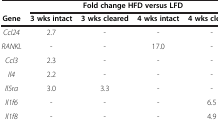
<table><thead><tr><td><b> </b></td><td colspan="4"><b>Fold change HFD versus LFD</b></td></tr><tr><td><b>Gene</b></td><td><b>3 wks intact</b></td><td><b>3 wks cleared</b></td><td><b>4 wks intact</b></td><td><b>4 wks cleared</b></td></tr></thead><tbody><tr><td><i>Ccl24</i></td><td>2.7</td><td>-</td><td>-</td><td>-</td></tr><tr><td><i>RANKL</i></td><td>-</td><td>-</td><td>17.0</td><td>-</td></tr><tr><td><i>Ccl3</i></td><td>2.3</td><td>-</td><td>-</td><td>-</td></tr><tr><td><i>Il4</i></td><td>2.2</td><td>-</td><td>-</td><td>-</td></tr><tr><td><i>Il5ra</i></td><td>3.0</td><td>3.3</td><td>-</td><td>-</td></tr><tr><td><i>Il1f6</i></td><td>-</td><td>-</td><td>-</td><td>6.5</td></tr><tr><td><i>Il1f8</i></td><td>-</td><td>-</td><td>-</td><td>4.9</td></tr></tbody></table>